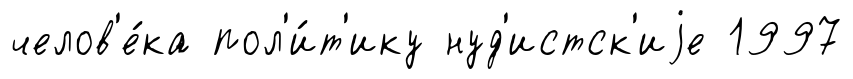
челов'е́ка пол'и́т'ику нуд'истск'иjе 1997